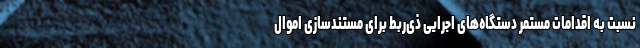
نسبت به اقدامات مستمر دستگاه‌های اجرایی ذی‌ربط برای مستندسازی اموال